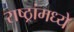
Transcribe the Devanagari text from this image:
राष्ठ्रांमध्ये